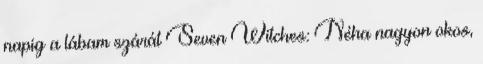
napig a lábam szárát Seven Witches: Néha nagyon okos,